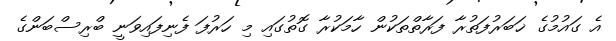
އެ ގައުމުގެ ޚަބަރުފަތުރާ ފަރާތްތަކުން ހާމަކުރާ ގޮތުގައި މި ހަރުފަ ފެނިފައިވަނީ ބްރިސްބަންގެ